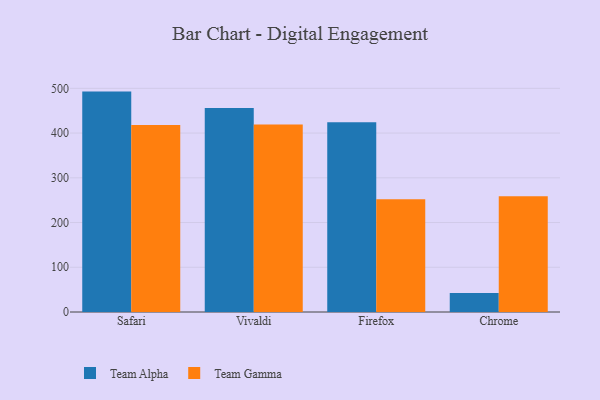
{"axis": {"x": "Browser", "y": "Customer Acquisition Cost (USD)"}, "legend": ["Team Alpha", "Team Gamma"], "data": [{"x": "Safari", "y": 492.7, "type": "Team Alpha"}, {"x": "Safari", "y": 417.9, "type": "Team Gamma"}, {"x": "Vivaldi", "y": 456.3, "type": "Team Alpha"}, {"x": "Vivaldi", "y": 419.1, "type": "Team Gamma"}, {"x": "Firefox", "y": 424.4, "type": "Team Alpha"}, {"x": "Firefox", "y": 252.0, "type": "Team Gamma"}, {"x": "Chrome", "y": 42.7, "type": "Team Alpha"}, {"x": "Chrome", "y": 258.6, "type": "Team Gamma"}]}